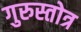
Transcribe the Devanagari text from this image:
गुरुस्तोत्र